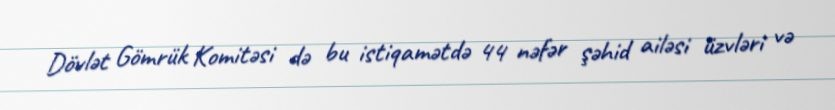
Dövlət Gömrük Komitəsi də bu istiqamətdə 44 nəfər şəhid ailəsi üzvləri və